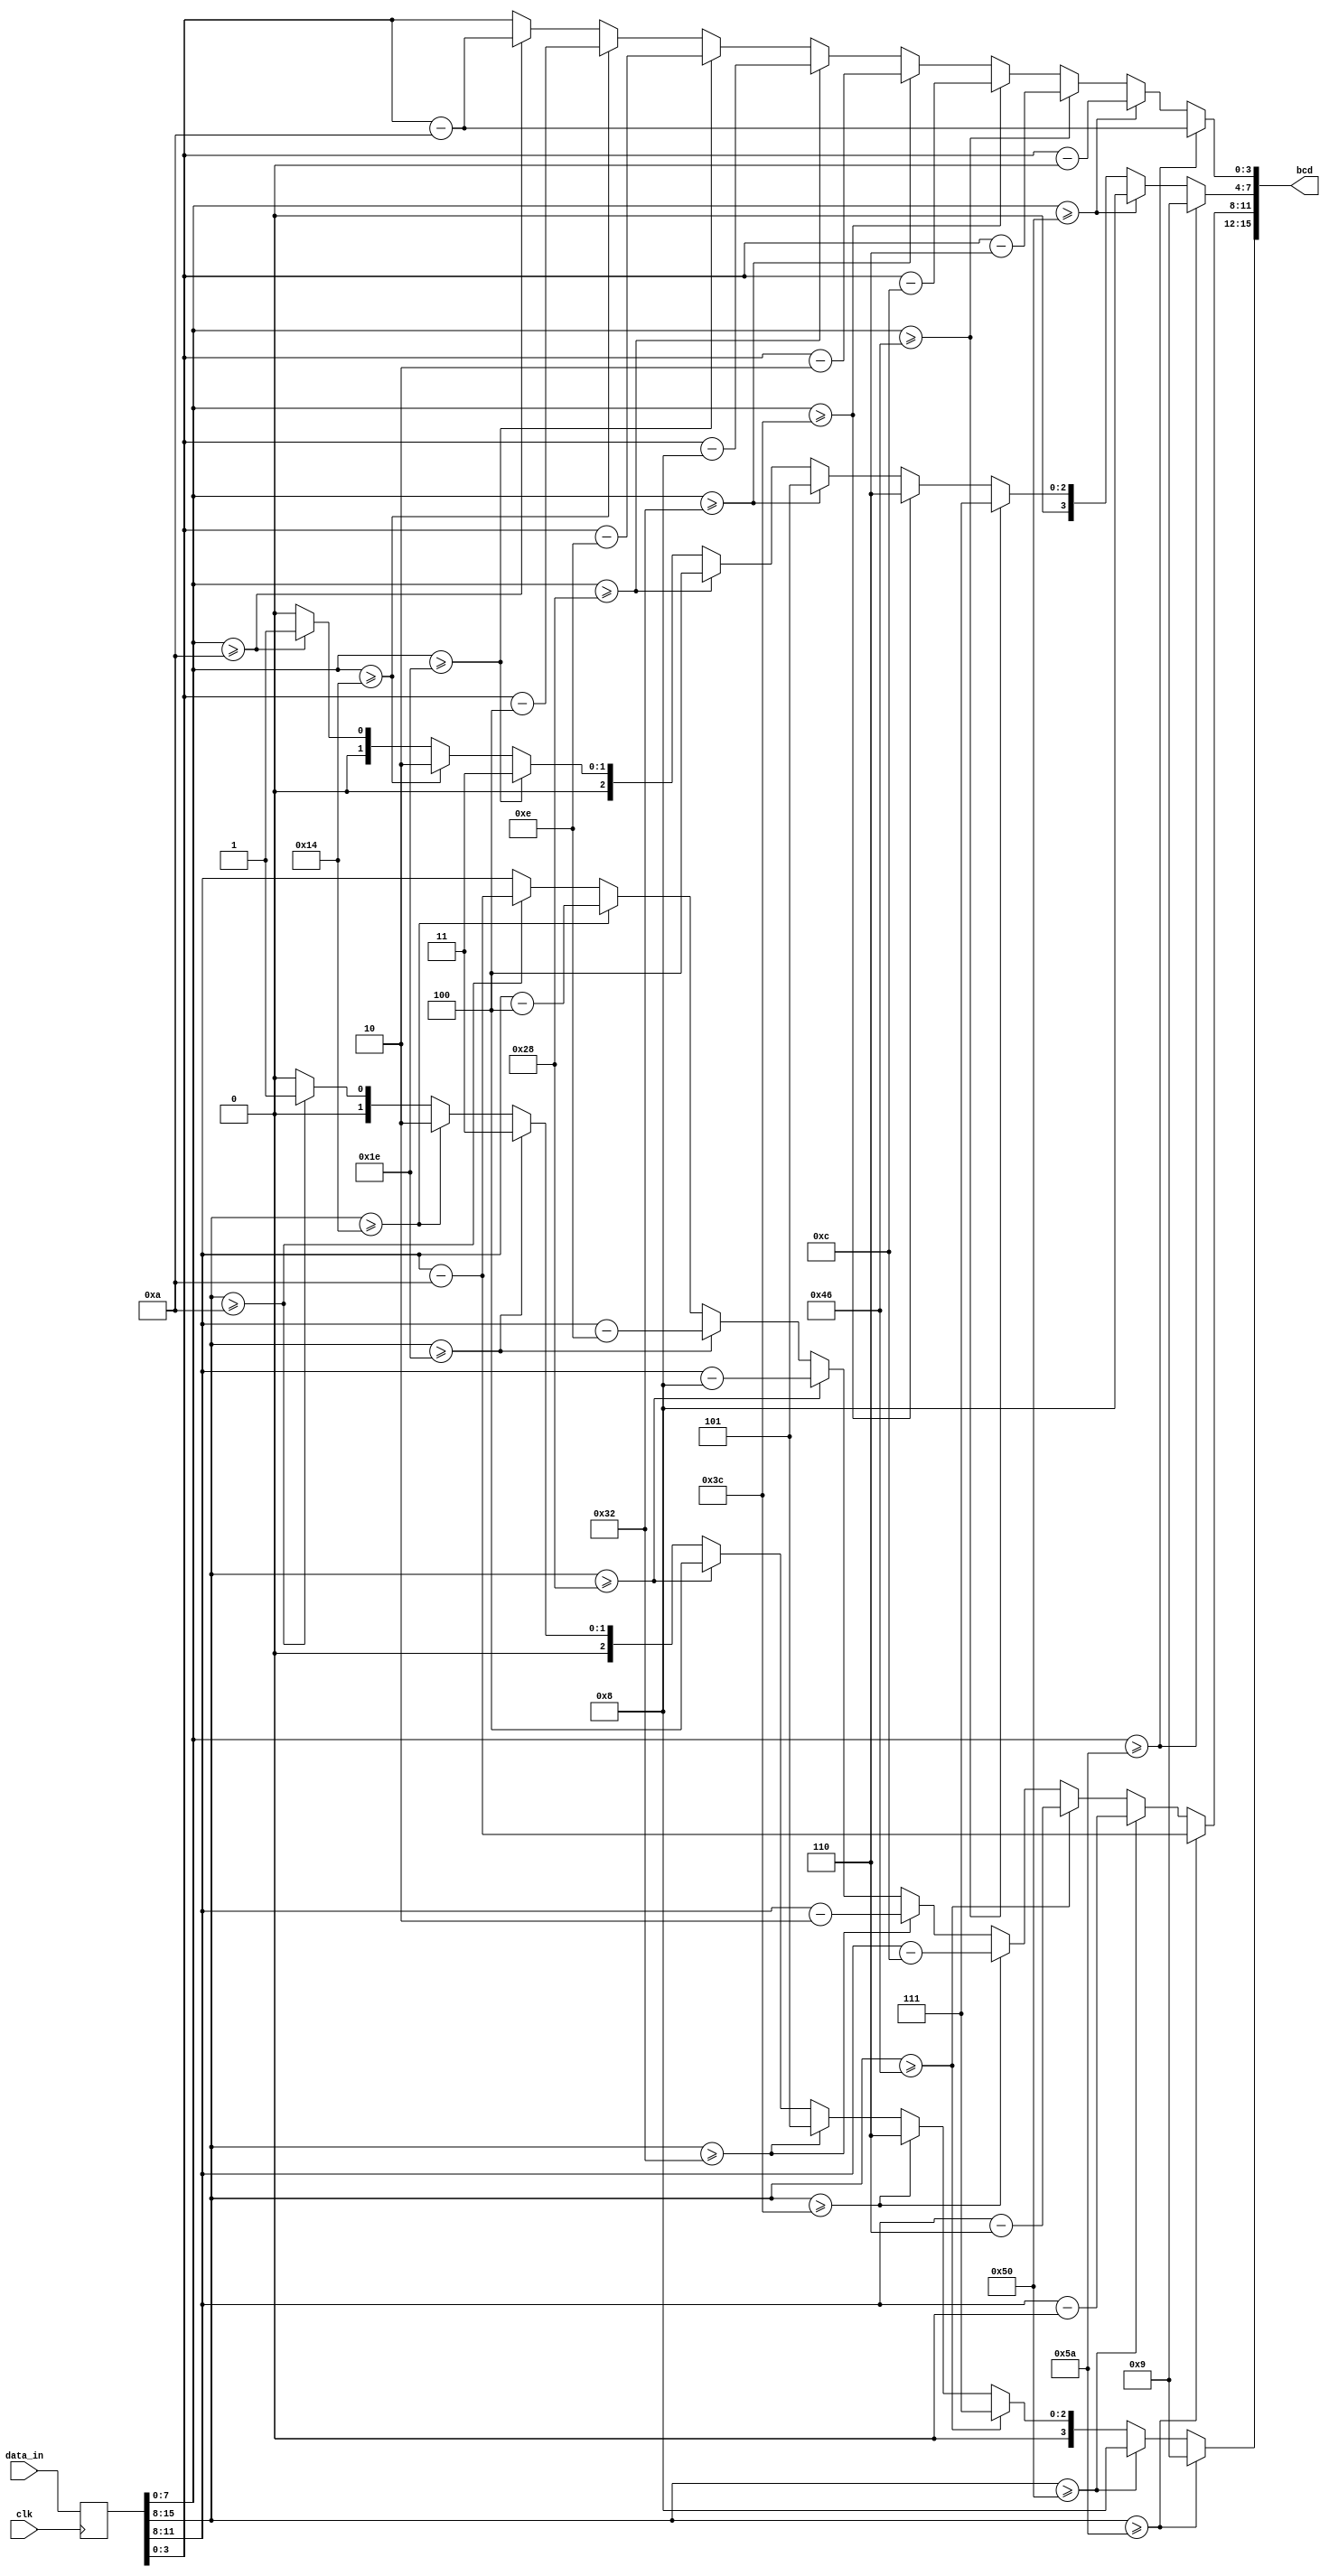
`timescale 1ns / 1ps
//////////////////////////////////////////////////////////////////////////////////
// Company: 
// Engineer: 
// 
// Design Name: 
// Module Name:    BCD_cvt 
// Project Name: 
// Target Devices: 
// Tool versions: 
// Description: 
//
// Dependencies: 
//
// Revision: 
// Revision 0.01 - File Created
// Additional Comments: 
//
//////////////////////////////////////////////////////////////////////////////////
module BCD_cvt(input wire clk, input wire [15:0] data_in, output reg [15:0] bcd);
	reg [15:0] data;
	always @(posedge clk)
		data<=data_in;
	always@(*) //
	begin
		bcd=0;
		if (data[15:8]>=90) 
					begin
						bcd[15:12]=9;
						bcd[11:8]=data[15:8]-90;
					end
		else if (data[15:8]>=80) 
					begin
						bcd[15:12]=8;
						bcd[11:8]=data[15:8]-80;
					end
		else if (data[15:8]>=70) 
					begin
						bcd[15:12]=7;
						bcd[11:8]=data[15:8]-70;
					end
		else if (data[15:8]>=60) 
					begin
						bcd[15:12]=6;
						bcd[11:8]=data[15:8]-60;
					end
		else if (data[15:8]>=50) 
					begin
						bcd[15:12]=5;
						bcd[11:8]=data[15:8]-50;
					end
		else if (data[15:8]>=40) 
					begin
						bcd[15:12]=4;
						bcd[11:8]=data[15:8]-40;
					end
		else if (data[15:8]>=30) 
					begin
						bcd[15:12]=3;
						bcd[11:8]=data[15:8]-30;
					end
		else if (data[15:8]>=20) 
					begin
						bcd[15:12]=2;
						bcd[11:8]=data[15:8]-20;
					end
		else if (data[15:8]>=10) 
					begin
						bcd[15:12]=1;
						bcd[11:8]=data[15:8]-10;
					end
		else bcd[11:8]=data[11:8];
				
		if (data[7:0]>=90) 
					begin
						bcd[7:4]=9;
						bcd[3:0]=data[7:0]-90;
					end
		else if (data[7:0]>=80) 
					begin
						bcd[7:4]=8;
						bcd[3:0]=data[7:0]-80;
					end
		else if (data[7:0]>=70) 
					begin
						bcd[7:4]=7;
						bcd[3:0]=data[7:0]-70;
					end
		else if (data[7:0]>=60) 
					begin
						bcd[7:4]=6;
						bcd[3:0]=data[7:0]-60;
					end
		else if (data[7:0]>=50) 
					begin
						bcd[7:4]=5;
						bcd[3:0]=data[7:0]-50;
					end
		else if (data[7:0]>=40) 
					begin
						bcd[7:4]=4;
						bcd[3:0]=data[7:0]-40;
					end
		else if (data[7:0]>=30) 
					begin
						bcd[7:4]=3;
						bcd[3:0]=data[7:0]-30;
					end
		else if (data[7:0]>=20) 
					begin
						bcd[7:4]=2;
						bcd[3:0]=data[7:0]-20;
					end
		else if (data[7:0]>=10) 
					begin
						bcd[7:4]=1;
						bcd[3:0]=data[7:0]-10;
					end
		else bcd[3:0]=data[3:0];
	end
endmodule